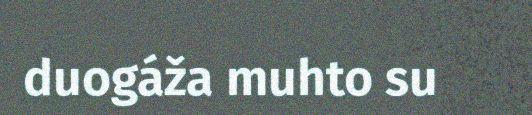
duogáža muhto su